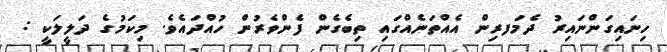
ހިނައިގަންނައިރު ދެމަފރިން އެއްތަނެއްގައި ތިބެގެން ފެންވެރުން ހުއްދައެވެ. މިކަމުގެ ދަލީލަކީ :